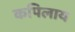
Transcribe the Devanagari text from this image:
कपिलाय